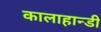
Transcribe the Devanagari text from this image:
कालाहान्डी